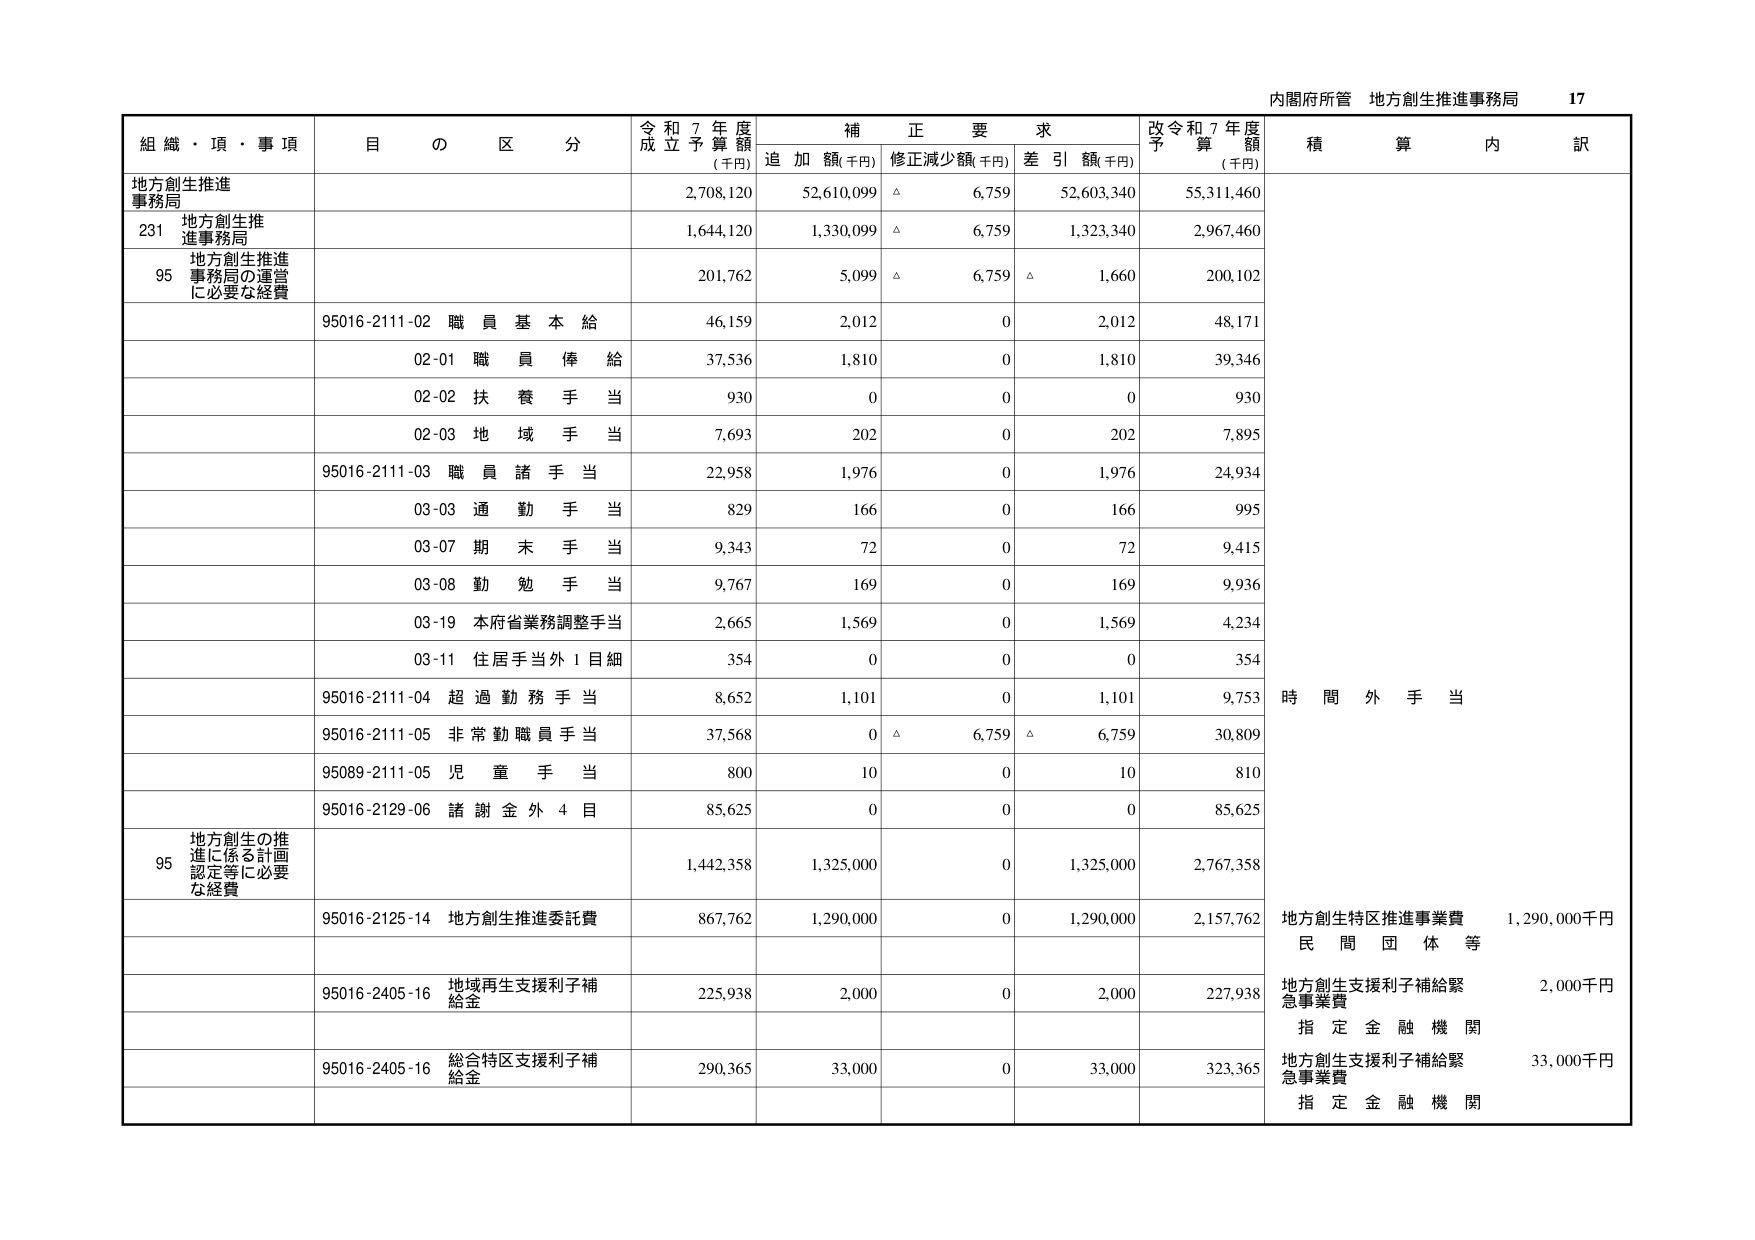
内閣府所管 地方創生推進事務局 17

組織・項・事項 目の区分 令和7年度成立予算額(千円) 補正要求 追加額(千円) 修正減少額(千円) 差引額(千円) 改令和7年度予算額(千円) 積算内訳

地方創生推進事務局 2,708,120 52,610,099 △ 6,759 52,603,340 55,311,460

231 地方創生推進事務局 1,644,120 1,330,099 △ 6,759 1,323,340 2,967,460

95 地方創生推進事務局の運営に必要な経費 201,762 5,099 △ 6,759 △ 1,660 200,102

95016-2111-02 職員基本給 46,159 2,012 0 2,012 48,171

02-01 職員俸給 37,536 1,810 0 1,810 39,346

02-02 扶養手当 930 0 0 0 930

02-03 地域手当 7,693 202 0 202 7,895

95016-2111-03 職員諸手当 22,958 1,976 0 1,976 24,934

03-03 通勤手当 829 166 0 166 995

03-07 期末手当 9,343 72 0 72 9,415

03-08 勤勉手当 9,767 169 0 169 9,936

03-19 本府省業務調整手当 2,665 1,569 0 1,569 4,234

03-11 住居手当外1目細 354 0 0 0 354

95016-2111-04 超過勤務手当 8,652 1,101 0 1,101 9,753 時間外手当

95016-2111-05 非常勤職員手当 37,568 0 △ 6,759 △ 6,759 30,809

95089-2111-05 児童手当 800 10 0 10 810

95016-2129-06 諸謝金外4目 85,625 0 0 0 85,625

95 地方創生の推進に係る計画認定等に必要な経費 1,442,358 1,325,000 0 1,325,000 2,767,358

95016-2125-14 地方創生推進委託費 867,762 1,290,000 0 1,290,000 2,157,762 地方創生特区推進事業費 1,290,000千円 民間団体等

95016-2405-16 地域再生支援利子補給金 225,938 2,000 0 2,000 227,938 地方創生支援利子補給緊急事業費 2,000千円 指定金融機関

95016-2405-16 総合特区支援利子補給金 290,365 33,000 0 33,000 323,365 地方創生支援利子補給緊急事業費 33,000千円 指定金融機関